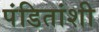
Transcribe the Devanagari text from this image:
पंडितांशी